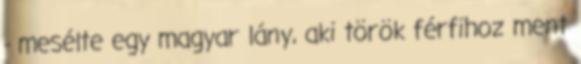
- mesélte egy magyar lány, aki török férfihoz ment